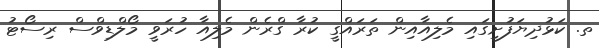
ތ. ކަޅުދިޔަފުށީގައި މެލިއާއިން ތަރައްގީ ކުރާ ގްރެން މެލިއާ ހުރަވީ މޯލްޑިވްސް ރިސޯޓު